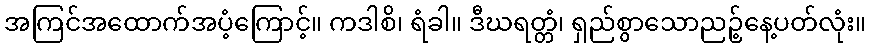
အကြင်အထောက်အပံ့ကြောင့်။ ကဒါစိ၊ ရံခါ။ ဒီဃရတ္တံ၊ ရှည်စွာသောညဉ့်နေ့ပတ်လုံး။